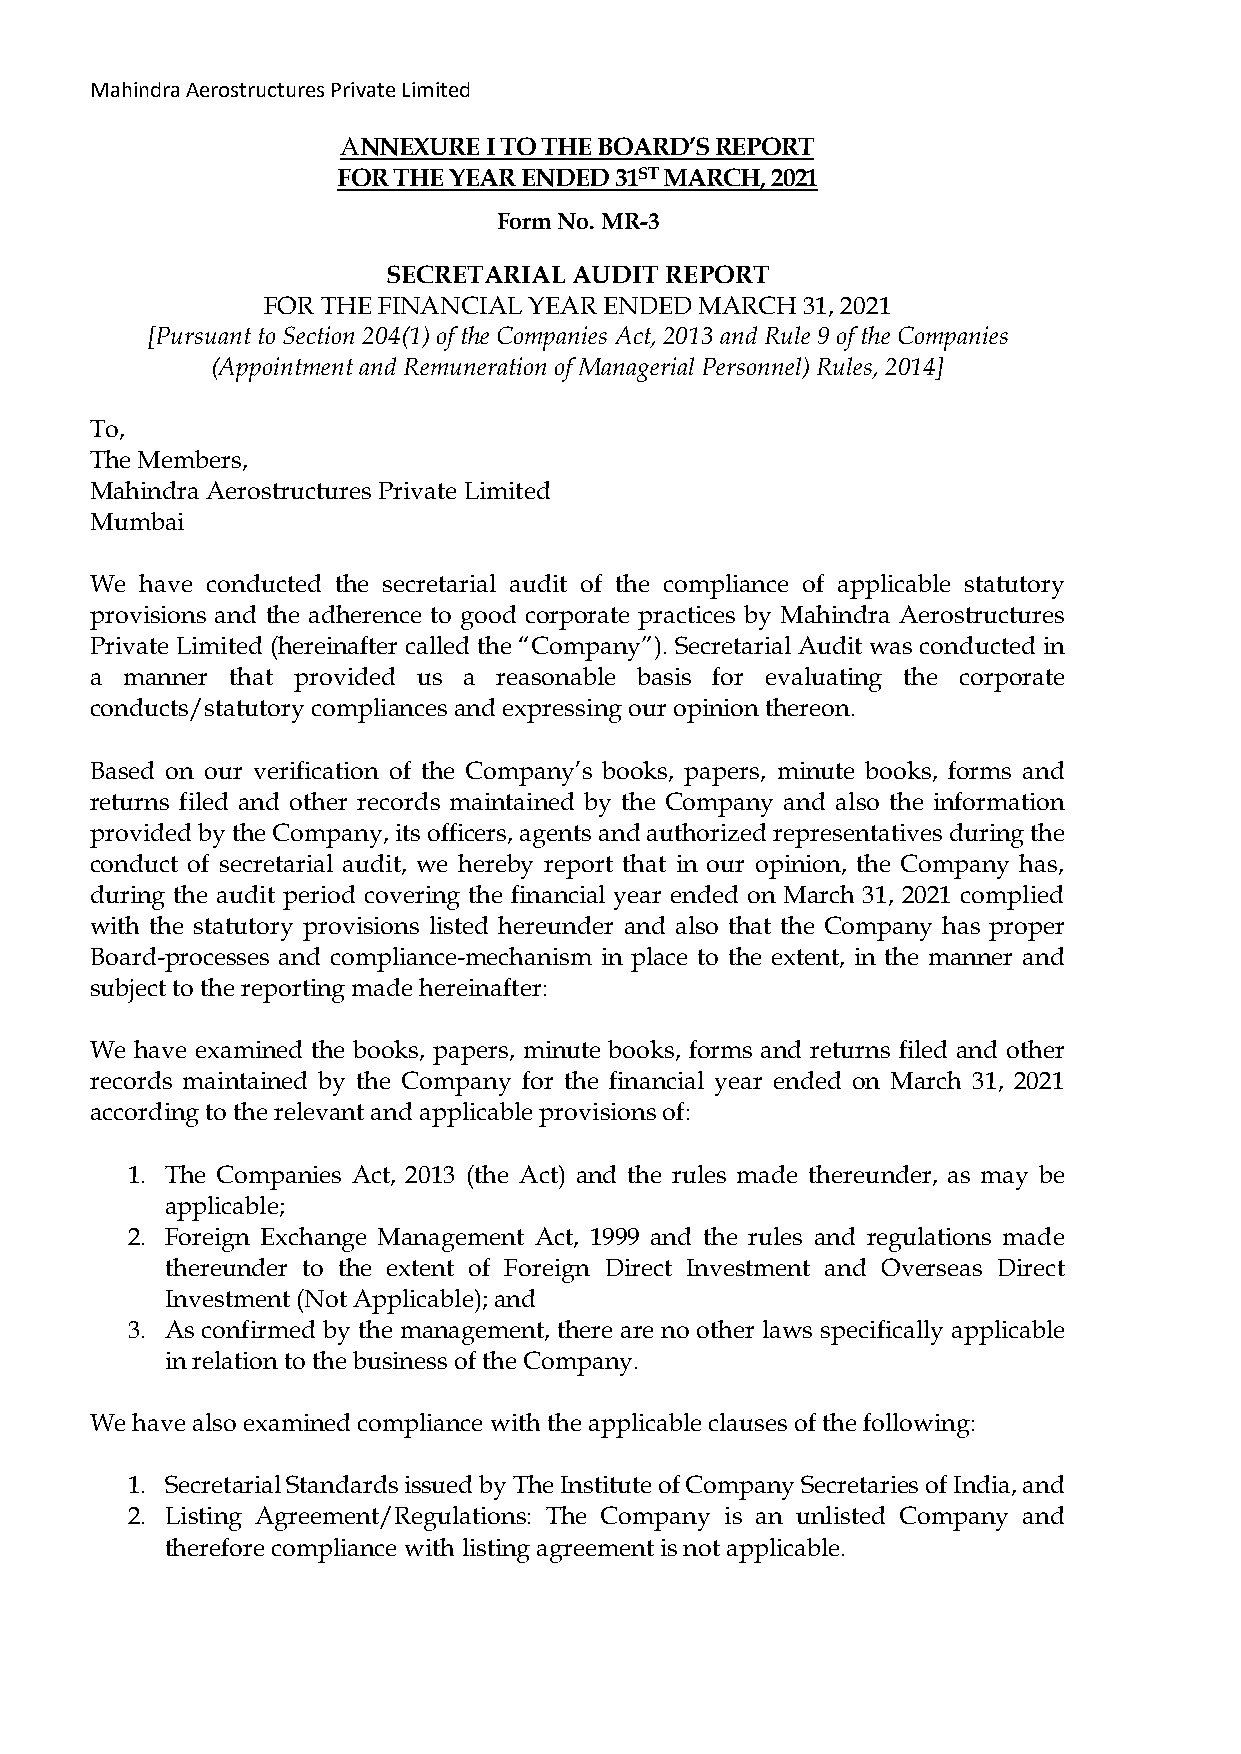
Mahindra Aerostructures Private Limited
 ANNEXURE I TO THE BOARD’S REPORT
 FOR THE YEAR ENDED 31ST MARCH, 2021
 Form No. MR-3
 SECRETARIAL AUDIT REPORT
 FOR THE FINANCIAL YEAR ENDED MARCH  31, 2021
 [Pursuant to Section 204(1) of the Companies Act, 2013 and Rule 9 of the Companies
 (Appointment and Remuneration of Managerial Personnel) Rules, 2014]
 To,
 The Members,
 Mahindra Aerostructures Private Limited
 Mumbai
 We have conducted the secretarial audit of the compliance of applicable statutory
 provisions and the adherence to good corporate practices by Mahindra Aerostructures
 Private Limited (hereinafter called the “Company”). Secretarial Audit was conducted in
 a manner that provided us a reasonable basis for evaluating the corporate
 conducts/statutory compliances and expressing our opinion thereon.
 Based on our verification of the Company’s books, papers, minute books, forms and
 returns filed and other records maintained by the Company and also the information
 provided by the Company, its officers, agents and authorized representatives during the
 conduct of secretarial audit, we hereby report that in our opinion, the Company has,
 during the audit period covering the financial year ended on March 31, 2021 complied
 with the statutory provisions listed hereunder and also that the Company has proper
 Board-processes and compliance-mechanism in place to the extent, in the manner and
 subject to the reporting made hereinafter:
 We have examined the books, papers, minute books, forms and returns filed and other
 records maintained by the Company for the financial year ended on March 31, 2021
 according to the relevant and applicable provisions of:
 1. The Companies Act, 2013 (the Act) and the rules made thereunder, as may be
 applicable;
 2. Foreign Exchange Management Act, 1999 and the rules and regulations made
 thereunder to the extent of Foreign Direct Investment and Overseas Direct
 Investment (Not Applicable); and
 3. As confirmed by the management, there are no other laws specifically applicable
 in relation to the business of the Company.
 We have also examined compliance with the applicable clauses of the following:
 1. Secretarial Standards issued by The Institute of Company Secretaries of India, and
 2. Listing Agreement/Regulations: The Company is an unlisted Company and
 therefore compliance with listing agreement is not applicable.